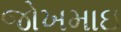
જોખમાઇ